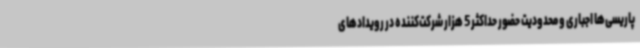
پاریسی‌ها اجباری و محدودیت حضور حداکثر 5 هزار شرکت‌کننده در رویدادهای